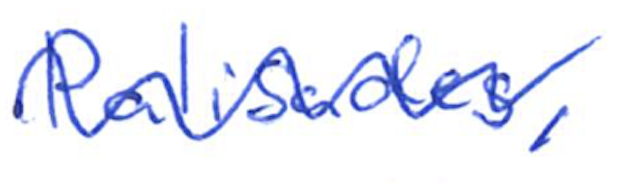
Text: Palisades,
Cross-out: wave
Writing tool: ballpoint